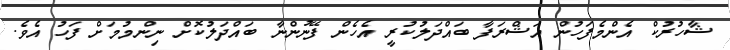
ޝާހުރުކް އެންމެފަހުން އަޝްރަފާ ބައްދަލުކުރީ އެހެން ފޭނުންނާ ބައްދަލުކޮށް ނިންމުމަށް ފަހު އެވެ.